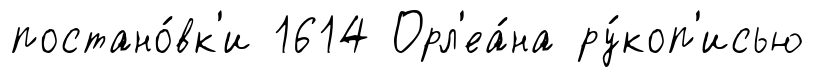
постано́вк'и 1614 Орл'еа́на ру́коп'исью